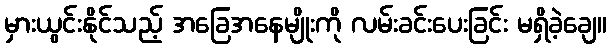
မှားယွင်းနိုင်သည့် အခြေအနေမျိုးကို လမ်းခင်းပေးခြင်း မရှိခဲ့ချေ။